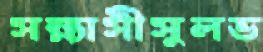
সন্ন্যাসীসুলভ